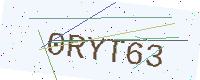
Text: 0RYT63